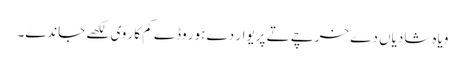
ویاہ شادیاں دے خرچے تے پریوار دے ہور وڈے کم کار وی لکھے جاندے۔